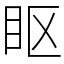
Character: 眍